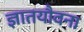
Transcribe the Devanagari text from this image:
ज्ञातयौवना